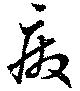
廢